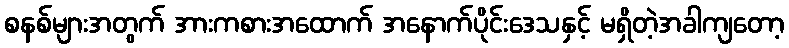
စနစ်များအတွက် အားကစားအထောက် အနောက်ပိုင်းဒေသနှင့် မရှိတဲ့အခါကျတော့